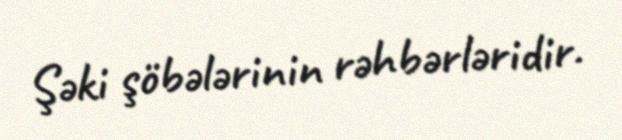
Şəki şöbələrinin rəhbərləridir.